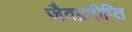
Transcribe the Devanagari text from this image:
जैवप्रदीप्ति